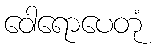
ဝေါရောပေတုံ